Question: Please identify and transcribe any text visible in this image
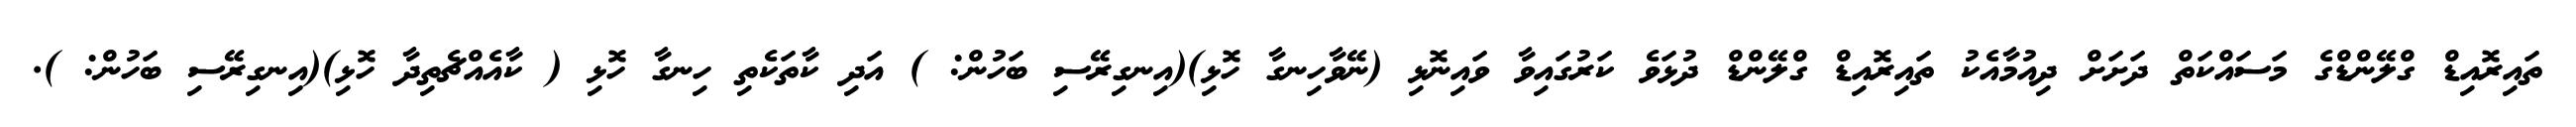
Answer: ތައިރޮއިޑް ގްލޭންޑްގެ މަސައްކަތް ދަށަށް ދިއުމާއެކު ތައިރޮއިޑް ގްލޭންޑް ދުޅަވެ ކަރުގައިވާ ވައިނޮޅި (ނޭވާހިނގާ ހޮޅި)(އިނގިރޭސި ބަހުން: ) އަދި ކާތަކެތި ހިނގާ ހޮޅި ( ކާއެއްޗެތިދާ ހޮޅި)(އިނގިރޭސި ބަހުން: ).